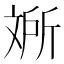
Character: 𱡥